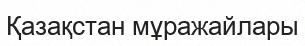
Қазақстан мұражайлары